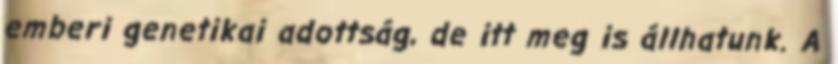
emberi genetikai adottság, de itt meg is állhatunk. A